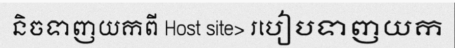
និចទាញយកពី Host site> របៀបទាញយក